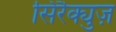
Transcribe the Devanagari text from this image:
सिरैक्युज़